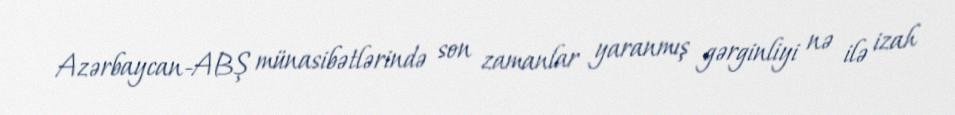
Azərbaycan-ABŞ münasibətlərində son zamanlar yaranmış gərginliyi nə ilə izah